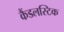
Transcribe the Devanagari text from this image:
कैंडलस्टिक